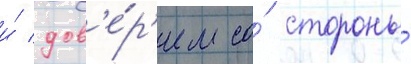
и́ дов'е́р'ием со́ стороны́